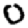
Digit: 0